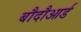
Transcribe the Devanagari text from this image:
बौदौआर्ड